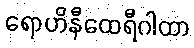
ရောဟိနီထေရီဂါထာ